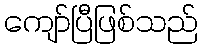
ကျော်ပြီဖြစ်သည်